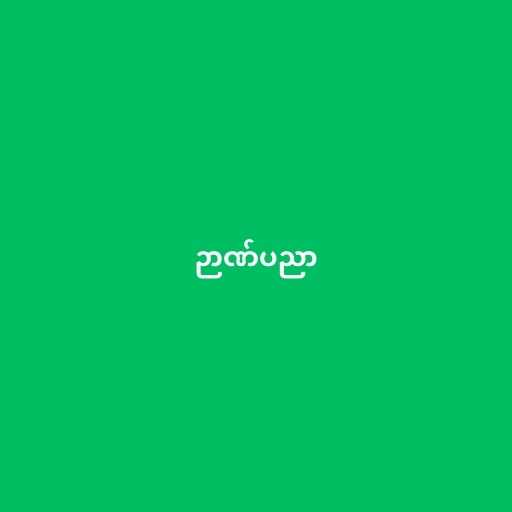
ဉာဏ်ပညာ